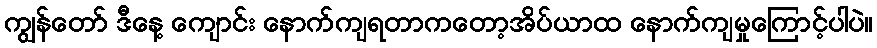
ကျွန်တော် ဒီနေ့ ကျောင်း နောက်ကျရတာကတော့အိပ်ယာထ နောက်ကျမှုကြောင့်ပါပဲ။